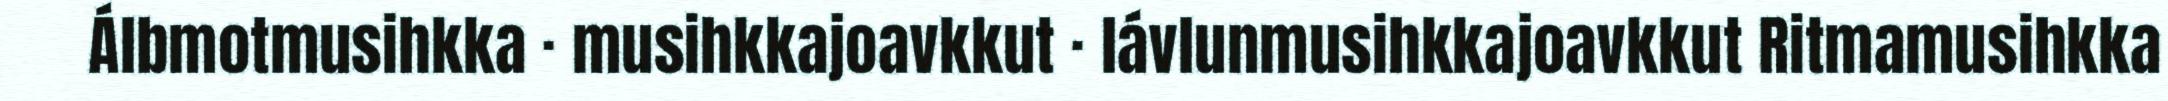
Álbmotmusihkka · musihkkajoavkkut · lávlunmusihkkajoavkkut Ritmamusihkka